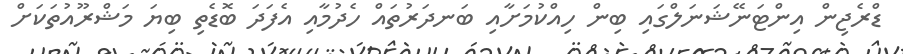
ޑްރެޖިން އިންޓަނޭޝަނަލްގައި ބިން ހިއްކުމަށާއި ބަނދަރުތައް ހެދުމާއި އެފަދަ ބޮޑެތި ބިޔަ މަޝްރޫއުތަކަށް